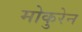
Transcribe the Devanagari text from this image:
मोकुरेन